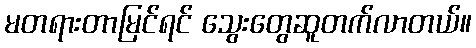
မတရားတာမြင်ရင် သွေးတွေဆူတက်လာတယ်။